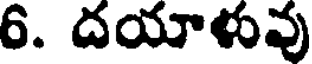
6. దయాళువు